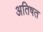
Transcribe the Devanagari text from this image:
अतिषत